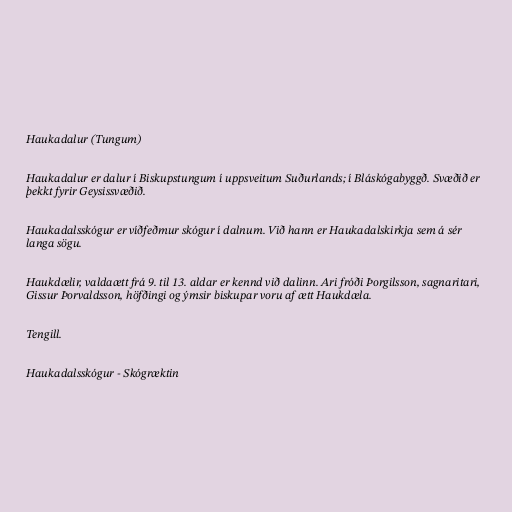
Haukadalur (Tungum)

Haukadalur er dalur í Biskupstungum í uppsveitum Suðurlands; í Bláskógabyggð. Svæðið er
þekkt fyrir Geysissvæðið.

Haukadalsskógur er víðfeðmur skógur í dalnum. Við hann er Haukadalskirkja sem á sér
langa sögu.

Haukdælir, valdaætt frá 9. til 13. aldar er kennd við dalinn. Ari fróði Þorgilsson, sagnaritari,
Gissur Þorvaldsson, höfðingi og ýmsir biskupar voru af ætt Haukdæla.

Tengill.

Haukadalsskógur - Skógræktin